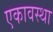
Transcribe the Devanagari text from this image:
एकावस्था